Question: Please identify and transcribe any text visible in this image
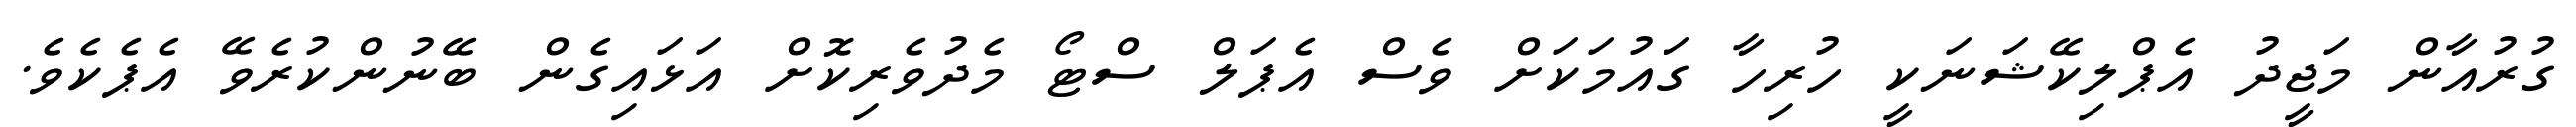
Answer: ގުރުއާން މަޖީދު އެޕްލިކޭޝަނަކީ ހުރިހާ ގައުމަކަށް ވެސް އެޕަލް ސްޓޯ މެދުވެރިކޮށް އަޅައިގެން ބޭނުންކުރެވޭ އެޕެކެވެ.